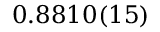
0 . 8 8 1 0 ( 1 5 )